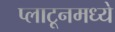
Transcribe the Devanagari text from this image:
प्लाटूनमध्ये